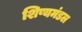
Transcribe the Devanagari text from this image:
शिष्यमंडल